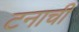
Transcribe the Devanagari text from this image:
टनाची